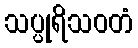
သပ္ပုရိသဝတံ